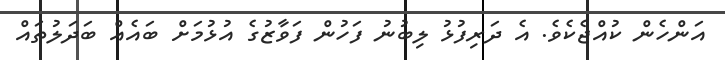
އަންހެން ކުއްޖެކެވެ. އެ ދަރިފުޅު ލިބުނު ފަހުން ފަވާޒުގެ އުޅުމަށް ބައެއް ބަދަލުތައް